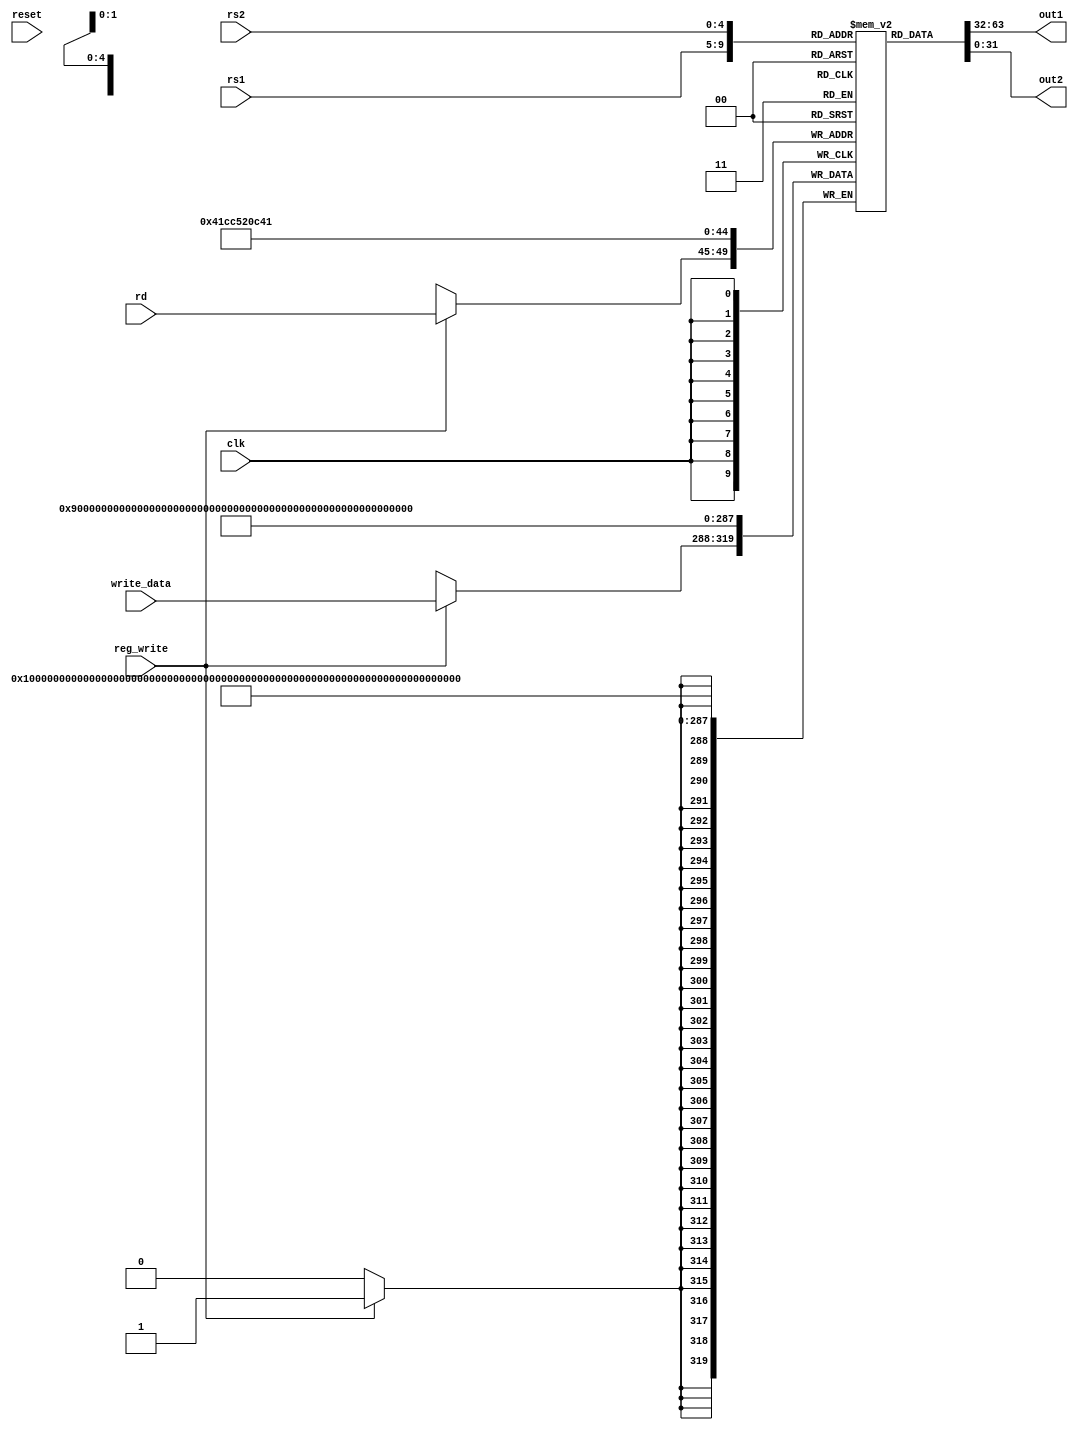
`timescale 1ns / 1ps
//reg_file- Register File: stores the 32 registers

module reg_file (clk,reg_write,write_data,rs1,rs2,rd,out1,out2,reset);
input clk,reset;                  //system clock
input reg_write;            //0=read , 1=write
input [31:0] write_data;    //32bit data -> Reg[rd]=rwrite_data
input [4:0] rs1,rs2,rd;     //5bit reg address 
output [31:0] out1,out2;//32bit reg output -> out1,out2 = Reg[rs1],Reg[rs2]

reg [31:0] Reg [31:0];      //32 registers each 32bit

always @(posedge clk) begin
	//Temp data for debug
	Reg[1]=5;
	Reg[2]=6;
	Reg[3]=7;
	Reg[4]=2;	
	Reg[5]=3;
	Reg[6]=1;	
	Reg[7]=0;
	Reg[8]=9;


    //Reg[0] is hardcoded 0
	Reg[0]=0;

    //Logic
    if(reg_write) 	//write to rd
		Reg[rd] = write_data;
end


//read rs1,rs2
assign	out1 = Reg[rs1];
assign	out2 = Reg[rs2];

endmodule